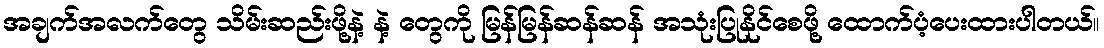
အချက်အလက်တွေ သိမ်းဆည်းဖို့နဲ့ နဲ့ တွေကို မြန်မြန်ဆန်ဆန် အသုံးပြုနိုင်စေဖို့ ထောက်ပံ့ပေးထားပါတယ်။